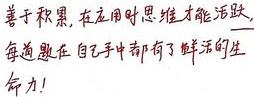
善于积累，在应用时思维才能活跃，每道题在自己手中都有了鲜活的生命力！